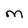
Character: M